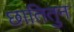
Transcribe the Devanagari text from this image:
छातितुन